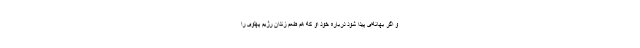
و اگر بهانه‌ای پیدا شود دربارۀ خود او که هم طعم زندان رژیم پهلوی را